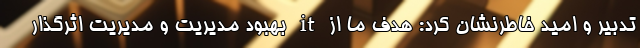
تدبیر و امید خاطرنشان کرد: هدف ما از it بهبود مدیریت و مدیریت اثرگذار